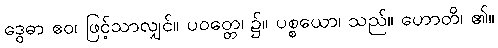
ဒွေဓာ ဧဝ၊ ဖြင့်သာလျှင်။ ပဝတ္တေ၊ ၌။ ပစ္စယော၊ သည်။ ဟောတိ၊ ၏။